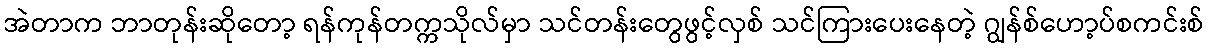
အဲတာက ဘာတုန်းဆိုတော့ ရန်ကုန်တက္ကသိုလ်မှာ သင်တန်းတွေဖွင့်လှစ် သင်ကြားပေးနေတဲ့ ဂျွန်စ်ဟော့ပ်စကင်းစ်